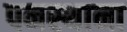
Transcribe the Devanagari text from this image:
पनस्थाना